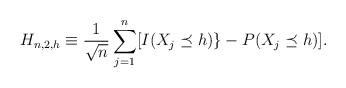
LaTeX: \begin{align*}H_{n,2,h} \equiv \frac{1}{\sqrt n} \sum_{j=1}^n [I( X_j \preceq h)\}-P( X_j \preceq h)].\end{align*}